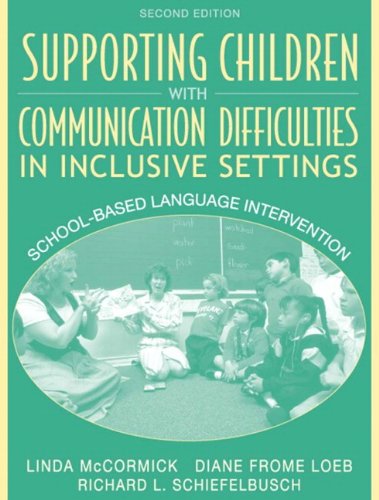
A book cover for Supporting Children with Communication Difficulties in Inclusive Settings: School-Based Language Intervention (2nd Edition); Linda McCormick; Medical Books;